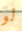
لو